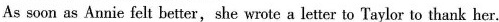
As soon as Annie felt better,she wrote a letter to Taylorto thank her.